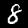
Label: 8